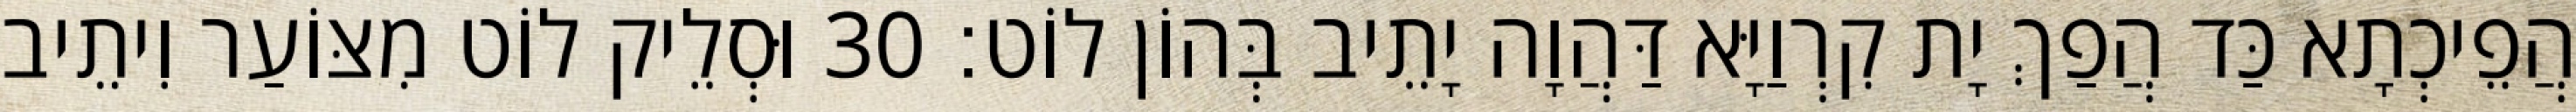
הֲפֵיכְתָא כַּד הֲפַךְ יָת קִרְוַיָּא דַּהֲוָה יָתֵיב בְּהוֹן לוֹט׃ 30 וּסְלֵיק לוֹט מִצּוֹעַר וִיתֵיב